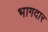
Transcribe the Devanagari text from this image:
भागदार